Lunatic asylums Madras 1877-1891 - 1877-1891
Year: 1877
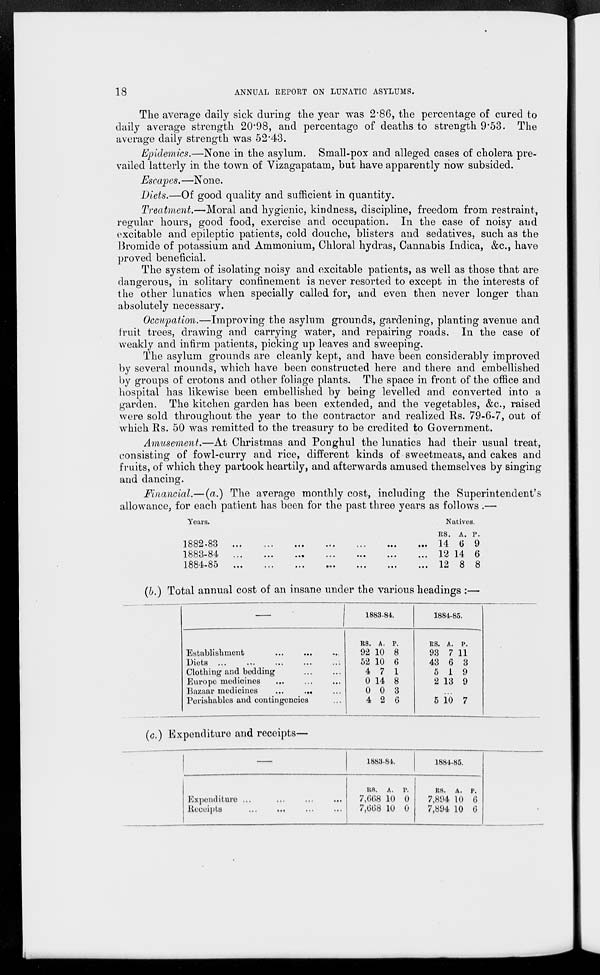
18
ANNUAL REPORT ON LUNATIC ASYLUMS.
The average daily sick during the year was 2.86, the percentage of cured to
daily average strength 20.98, and percentage of deaths to strength 9.53. The
average daily strength was 52.43.
Epidemics.—None in the asylum. Small-pox and alleged cases of cholera pre-
vailed latterly in the town of Vizagapatam, but have apparently now subsided.
Escapes.—None.
Diets.—Of good quality and sufficient in quantity.
Treatment.—Moral and hygienic, kindness, discipline, freedom from restraint,
regular hours, good food, exercise and occupation. In the case of noisy and
excitable and epileptic patients, cold douche, blisters and sedatives, such as the
Bromide of potassium and Ammonium, Chloral hydras, Cannabis Indica, &c., have
proved beneficial.
The system of isolating noisy and excitable patients, as well as those that are
dangerous, in solitary confinement is never resorted to except in the interests of
the other lunatics when specially called for, and even then never longer than
absolutely necessary.
Occupation.—Improving the asylum grounds, gardening, planting avenue and
fruit trees, drawing and carrying water, and repairing roads. In the case of
weakly and infirm patients, picking up leaves and sweeping.
The asylum grounds are cleanly kept, and have been considerably improved
by several mounds, which have been constructed here and there and embellished
by groups of crotons and other foliage plants. The space in front of the office and
hospital has likewise been embellished by being levelled and converted into a
garden. The kitchen garden has been extended, and the vegetables, &c, raised
were sold throughout the year to the contractor and realized Rs. 79-6-7, out of
which Rs. 50 was remitted to the treasury to be credited to Government.
Amusement.—At Christmas and Ponghul the lunatics had their usual treat,
consisting of fowl-curry and rice, different kinds of sweetmeats, and cakes and
fruits, of which they partook heartily, and afterwards amused themselves by singing
and dancing.
Financial.—(a.) The average monthly cost, including the Superintendent's
allowance, for each patient has been for the past three years as follows .—
Years.
1882-83 ... ... ... ... ... ... ...
1883-84 ... ... ... ... ... ... ...
1884-85 ... ... ... ... ... ... ...
Natives.
Rs.
14
12
12
A.
6
14
8
P.
9
6
8
(b.) Total annual cost of an insane under the various headings :—
—
Establishment ... ... ...
Diets ... ... ... ... ...
Clothing and bedding ... ...
Europe medicines
...
...
...
Bazaar medicines ... ... ...
Perishables and contingencies ...
1883-84.
Rs.
92
52
4
0
0
4
A.
10
10
7
14
0
2
P.
8
6
1
8
3
6
1884-85.
Rs.
93
43
5
2
A.
7
6
1
13
P.
11
3
9
9
...
5 10 7
(c.) Expenditure and receipts—
—
Expenditure
...
...
...
...
Receipts
...
...
...
...
1883-84.
Rs.
7,668
7,668
A.
10
10
P.
0
0
1884-85.
Rs.
7,894
7,894
A.
10
10
P.
6
6